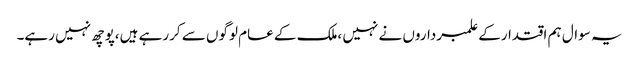
یہ سوال ہم اقتدارکے علمبرداروں نے نہیں ،ملک کے عام لوگوں سے کررہے ہیں،پوچھ نہیں رہے۔